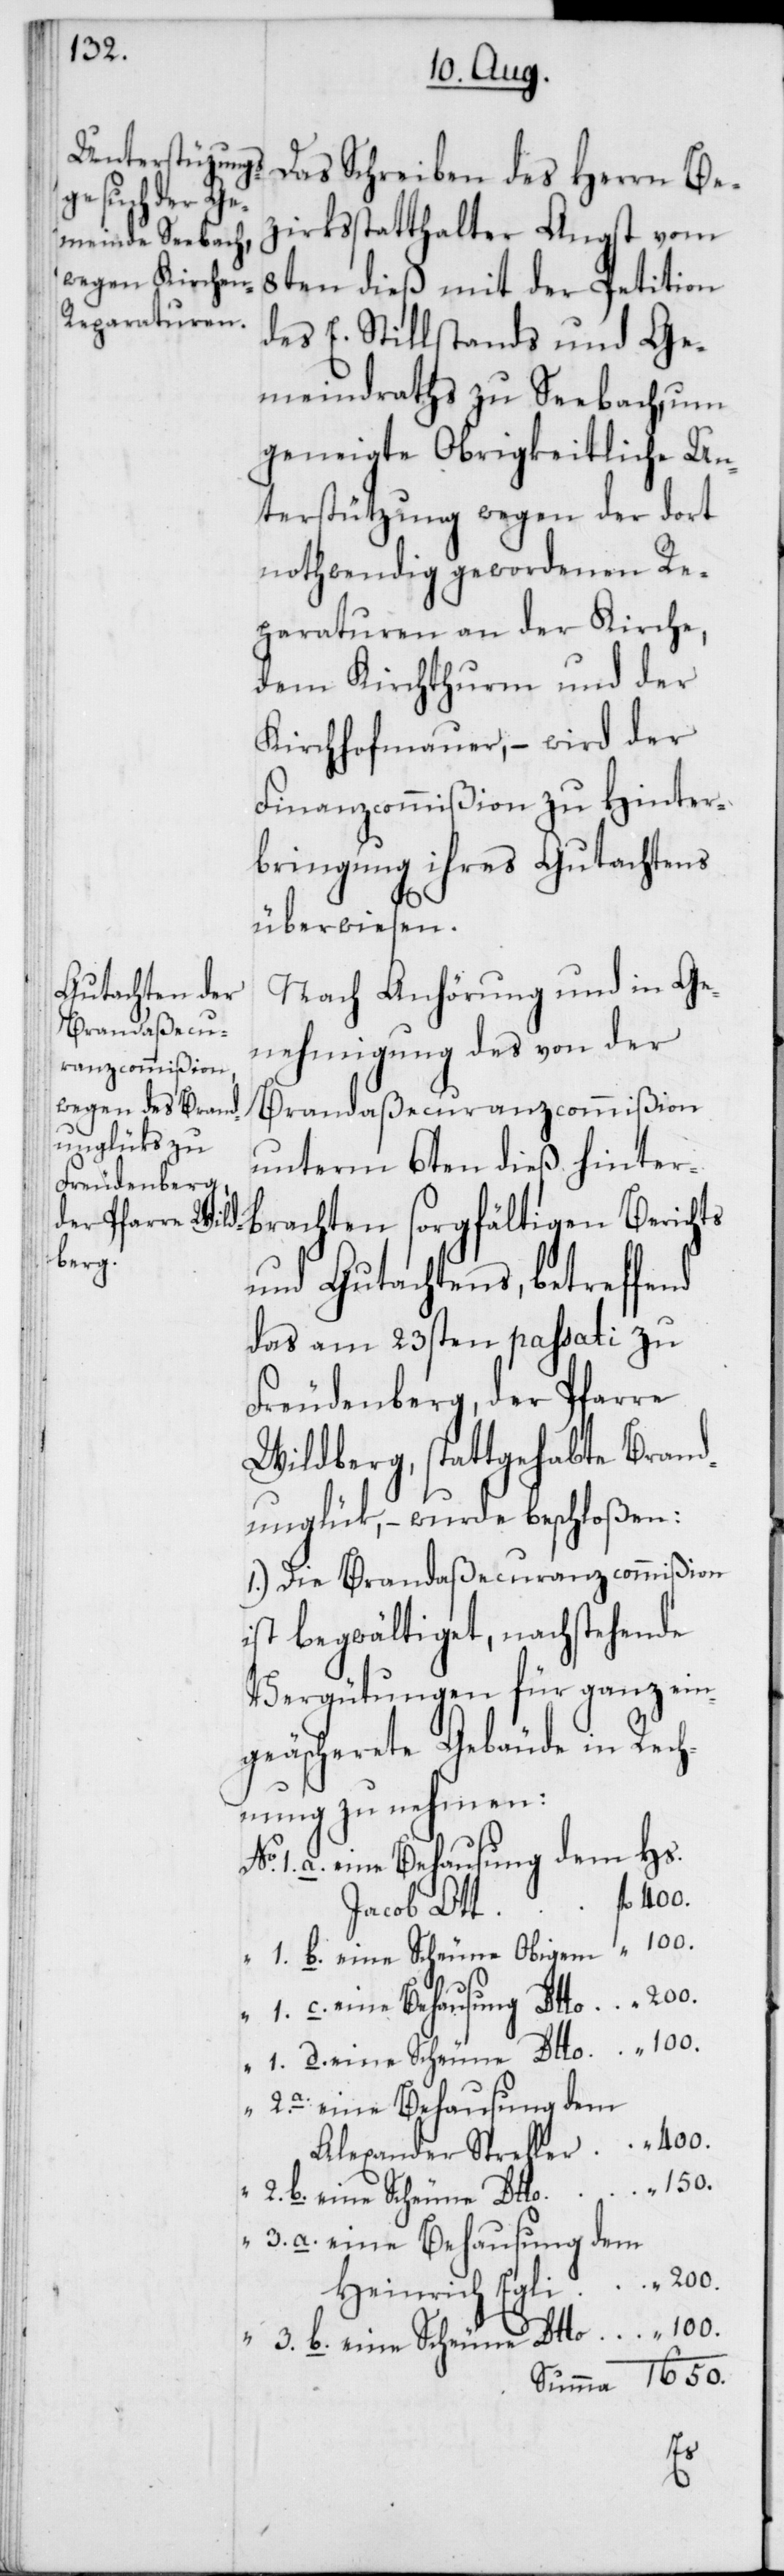
Das Schreiben des Herrn Be¬
zirksstatthalter Angst vom
8ten dieß mit der Petition
des E. Stillstands und Ge¬
meindraths zu Seebach, um
geneigte Obrigkeitliche Un¬
terstützung wegen der dort
nothwendig gewordenen Re¬
paraturen an der Kirche,
dem Kirchturm und der
Kirchhofmauer, – wird der
Finanzcommißion zu Hinter¬
bringung ihres Gutachtens
überwiesen.
Nach Anhörung und in Ge¬
nehmigung des von der
Brandaßecuranzcommißion
unterm 6ten dieß hinter¬
brachten sorgfältigen Berichts
und Gutachtens, betreffend
das am 23sten passati zu
Freudenberg, der Pfarre
Wildberg, stattgehabte Brand¬
unglük, – wurde beschloßen:
1.) Die Brandaßecuranzcommißion
ist begwältiget, nachstehende
Vergütungen für ganz ein¬
geäscherete Gebäude in Rech¬
nung zu nehmen:
eine Behausung dem Hs.
b.
Jacob Ott
1650.
eine Behausung dem
Alexander Strehler
Heinrich Egli
fl.